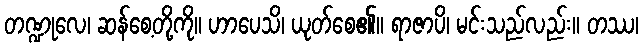
တဏ္ဍုလေ၊ ဆန်စေ့တို့ကို။ ဟာပေသိ၊ ယုတ်စေ၏။ ရာဇာပိ၊ မင်းသည်လည်း။ တဿ၊